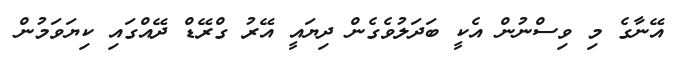
އޭނާގެ މި ވިސްނުން އެކީ ބަދަލުވެގެން ދިޔައީ އޭރު ގްރޭޑް ދޭއްގައި ކިޔަވަމުން